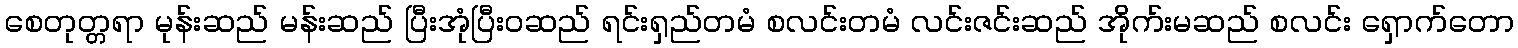
စေတုတ္တရာ မုန်းဆည် မန်းဆည် ပြီးအုံပြီးဝဆည် ရင်းရှည်တမံ စလင်းတမံ လင်းဇင်းဆည် အိုက်းမဆည် စလင်း ရှောက်တော